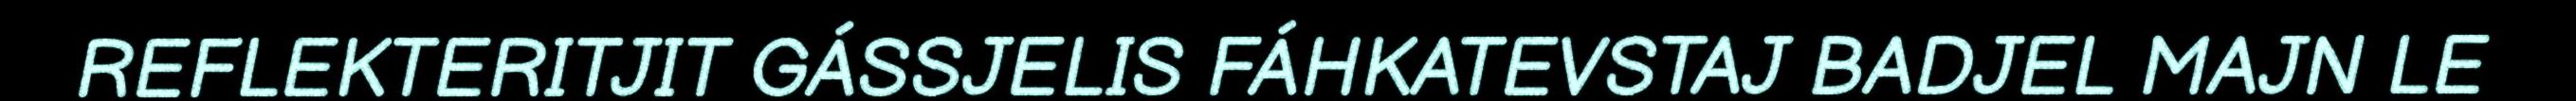
REFLEKTERITJIT GÁSSJELIS FÁHKATEVSTAJ BADJEL MAJN LE